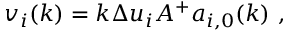
v _ { i } ( k ) = k \Delta u _ { i } A ^ { + } a _ { i , 0 } ( k ) \ ,